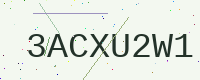
Text: 3ACXU2W1